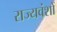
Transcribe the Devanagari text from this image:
राज्यवंशों